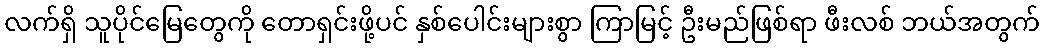
လက်ရှိ သူပိုင်မြေတွေကို တောရှင်းဖို့ပင် နှစ်ပေါင်းများစွာ ကြာမြင့် ဦးမည်ဖြစ်ရာ ဖီးလစ် ဘယ်အတွက်